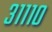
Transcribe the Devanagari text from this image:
३१११०